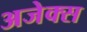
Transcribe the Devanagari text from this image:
अजेक्स